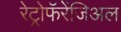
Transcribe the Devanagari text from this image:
रेट्रोफॅरेंजिअल